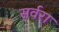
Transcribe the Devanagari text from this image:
सर्वरा